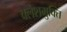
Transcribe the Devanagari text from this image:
क्लेशमुक्ति